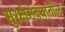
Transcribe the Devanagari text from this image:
सुरक्षेसंबंधातील